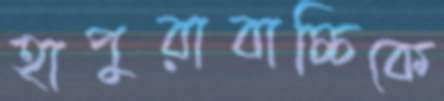
হাপুরাবাচ্চিকে